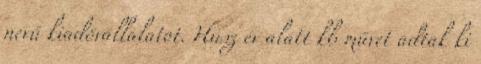
nevű kiadóvállalatot. Húsz év alatt kb művet adtak ki